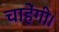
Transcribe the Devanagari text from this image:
चाहेंगी।